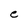
Character: e